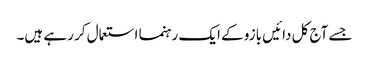
جسے آج کل دائیں بازو کے ایک رہنما استعمال کر رہے ہیں۔